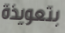
بتعويذة